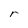
Character: r